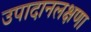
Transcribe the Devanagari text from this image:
उपादानलक्षणा